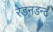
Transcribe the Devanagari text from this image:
रेडनडन्ट